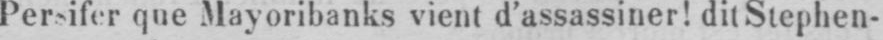
Persifer que Mayoribanks vient d’assassiner! dit Stephen-